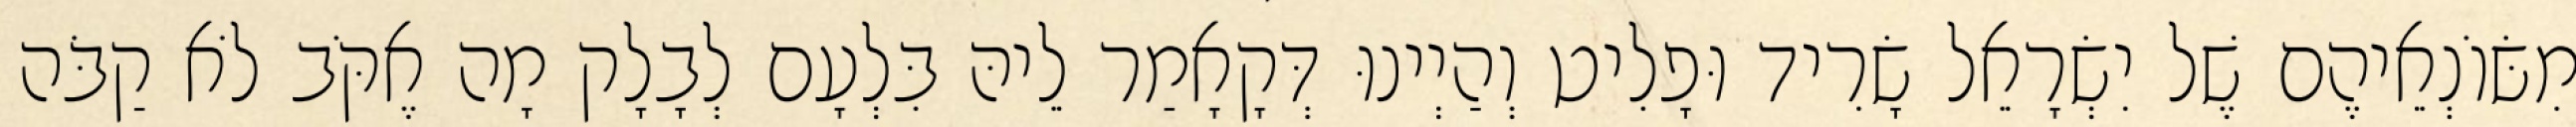
מִשּׂוֹנְאֵיהֶם שֶׁל יִשְׂרָאֵל שָׂרִיד וּפָלִיט וְהַיְינוּ דְּקָאָמַר לֵיהּ בִּלְעָם לְבָלָק מָה אֶקֹּב לֹא קַבֹּה